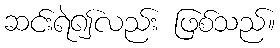
ဆင်းရဲ၍လည်း ဖြစ်သည်။